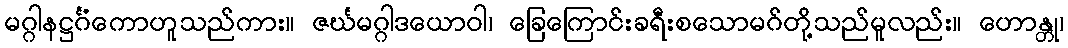
မဂ္ဂါနဋ္ဌင်္ဂံကောဟူသည်ကား။ ဇင်္ဃမဂ္ဂါဒယောဝါ၊ ခြေကြောင်းခရီးစသောမဂ်တို့သည်မူလည်း။ ဟောန္တု၊